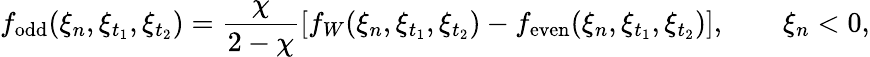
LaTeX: f_{\mathrm{odd}}(\xi_{n},\xi_{t_{1}},\xi_{t_{2}})=\frac{\chi}{2-\chi}[f_{W}(\xi_{n},\xi_{t_{1}},\xi_{t_{2}})-f_{\mathrm{even}}(\xi_{n},\xi_{t_{1}},\xi_{t_{2}})],\qquad\xi_{n}<0,